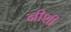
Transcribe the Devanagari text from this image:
नीशी